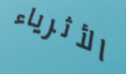
الأثرياء